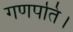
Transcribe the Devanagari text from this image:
गणपति।